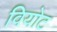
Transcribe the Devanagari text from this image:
वियोट